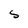
Character: S